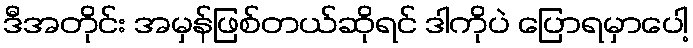
ဒီအတိုင်း အမှန်ဖြစ်တယ်ဆိုရင် ဒါကိုပဲ ပြောရမှာပေါ့